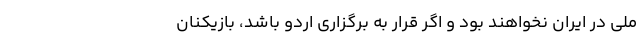
ملی در ایران نخواهند بود و اگر قرار به برگزاری اردو باشد، بازیکنان